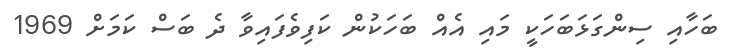
ބަހާއި ސިންގަޅަބަހަކީ މައި އެއް ބަހަކުން ކަފިވެފައިވާ ދެ ބަސް ކަމަށް 1969